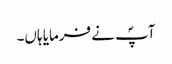
آپؐ نے فرمایا ہاں۔